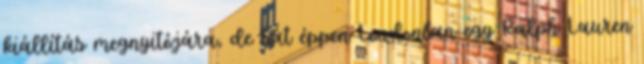
kiállítás megnyitójára, de hát éppen Londonban egy Ralph Lauren